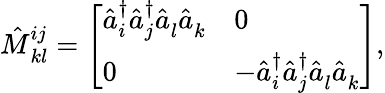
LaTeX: \hat{M}{}_{kl}^{ij}=\left[\begin{array}{ll}{\hat{a}_{i}^{\dagger}\hat{a}_{j}^{\dagger}\hat{a}_{l}^{}\hat{a}_{k}^{}}&{0}\\ {0}&{-\hat{a}_{i}^{\dagger}\hat{a}_{j}^{\dagger}\hat{a}_{l}^{}\hat{a}_{k}^{}}\end{array}\right],